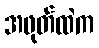
အဖုတ်ထဲက